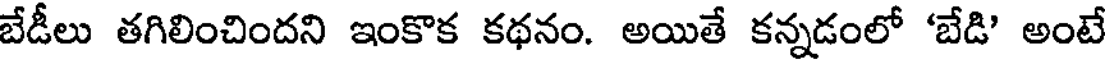
బేడీలు తగిలించిందని ఇంకొక కథనం. అయితే కన్నడంలో 'బేడి' అంటే